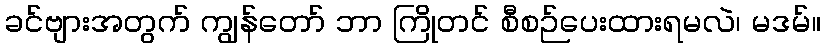
ခင်ဗျားအတွက် ကျွန်တော် ဘာ ကြိုတင် စီစဉ်ပေးထားရမလဲ၊ မဒမ်။